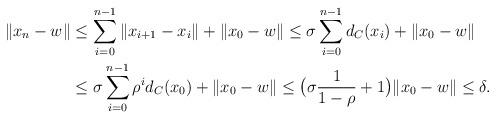
LaTeX: \begin{align*}\|x_n -w\| &\leq \sum_{i=0}^{n-1} \|x_{i+1} -x_i\| +\|x_0 -w\| \leq \sigma\sum_{i=0}^{n-1} d_C(x_i) +\|x_0 -w\| \\&\leq \sigma\sum_{i=0}^{n-1} \rho^i d_C(x_0) +\|x_0 -w\| \leq \big(\sigma\frac{1}{1 -\rho} +1\big)\|x_0 -w\| \leq \delta.\end{align*}